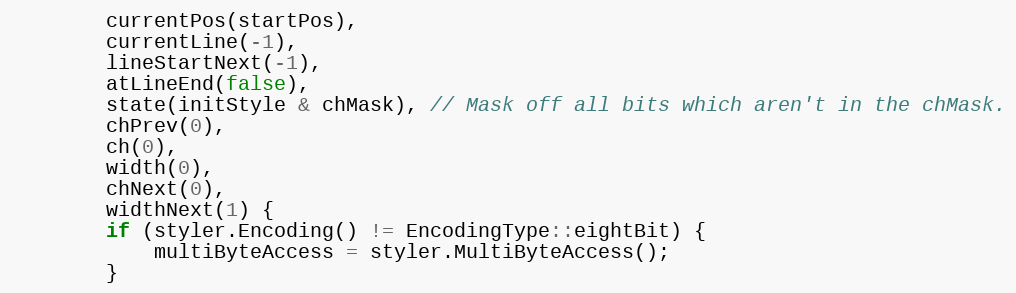
Language: C
		currentPos(startPos),
		currentLine(-1),
		lineStartNext(-1),
		atLineEnd(false),
		state(initStyle & chMask), // Mask off all bits which aren't in the chMask.
		chPrev(0),
		ch(0),
		width(0),
		chNext(0),
		widthNext(1) {
		if (styler.Encoding() != EncodingType::eightBit) {
			multiByteAccess = styler.MultiByteAccess();
		}